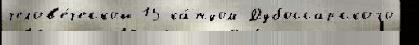
челов'е́ческой 15 ка́ждом Дубоссарского